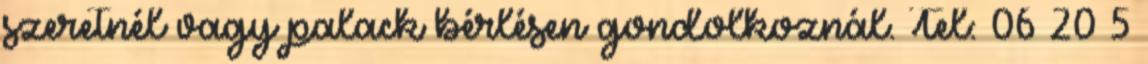
szeretnél vagy palack bérlésen gondolkoznál. Tel: 06 20 5